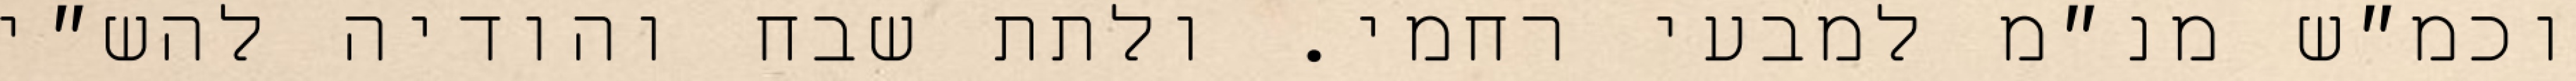
וכמ״ש מנ״מ למבעי רחמי. ולתת שבח והודיה להש״י